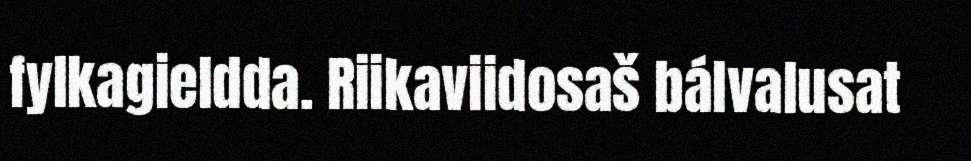
fylkagieldda. Riikaviidosaš bálvalusat